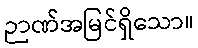
ဉာဏ်အမြင်ရှိသော။